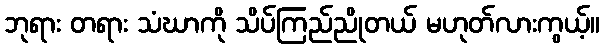
ဘုရား တရား သံဃာကို သိပ်ကြည်ညိုတယ် မဟုတ်လားကွယ့်။